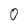
Character: 0